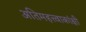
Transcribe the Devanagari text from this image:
अतिमहत्त्वाकांक्षी